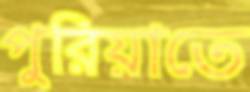
পুরিয়াতে